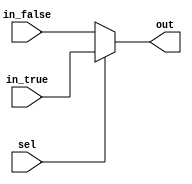
// SPDX-FileCopyrightText: SIMPLE-Crypto Contributors <info@simple-crypto.dev>
// SPDX-License-Identifier: CERN-OHL-P-2.0
// Copyright SIMPLE-Crypto Contributors.
// This source describes Open Hardware and is licensed under the CERN-OHL-P v2.
// You may redistribute and modify this source and make products using it under
// the terms of the CERN-OHL-P v2 (https://ohwr.org/cern_ohl_p_v2.txt).
// This source is distributed WITHOUT ANY EXPRESS OR IMPLIED WARRANTY, INCLUDING
// OF MERCHANTABILITY, SATISFACTORY QUALITY AND FITNESS FOR A PARTICULAR PURPOSE.
// Please see the CERN-OHL-P v2 for applicable conditions.

// Masked 2-input MUX (non-sensitive control signal).
(* keep_hierarchy = "yes", DONT_TOUCH = "yes" *)
module MSKmux #(parameter d=1, parameter count=1) (sel, in_true, in_false, out);

 input sel;
 input  [count*d-1:0] in_true;
 input  [count*d-1:0] in_false;
 output [count*d-1:0] out;

assign out = sel ? in_true : in_false;

endmodule